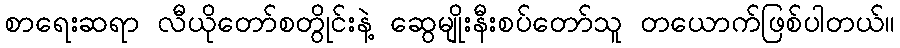
စာရေးဆရာ လီယိုတော်စတွိုင်းနဲ့ ဆွေမျိုးနီးစပ်တော်သူ တယောက်ဖြစ်ပါတယ်။